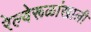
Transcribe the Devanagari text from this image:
रेल्वेरूळांखाली